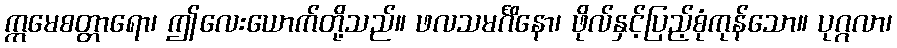
ဣမေစတ္တာရော၊ ဤလေးယောက်တို့သည်။ ဖလသမင်္ဂိနော၊ ဖိုလ်နှင့်ပြည့်စုံကုန်သော။ ပုဂ္ဂလာ၊